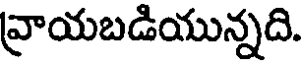
వ్రాయబడియున్నది.